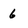
Character: 6